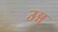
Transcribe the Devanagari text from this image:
उन्न